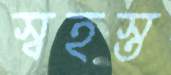
স্বহস্ত